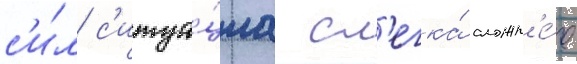
с'и́л с'итуа́циа сл'егка́ сложн'е́е